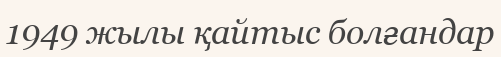
1949 жылы қайтыс болғандар